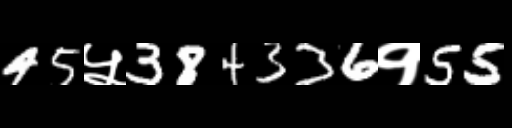
Text: 45५384336१55